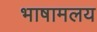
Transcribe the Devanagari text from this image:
भाषामलय